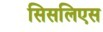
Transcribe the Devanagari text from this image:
सिसलिएस